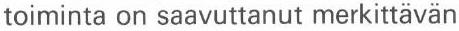
toiminta on saavuttanut merkittävän